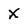
Character: X